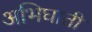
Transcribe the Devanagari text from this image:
अभिघाती